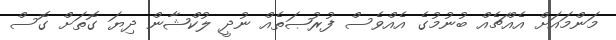
މަންމައަށް އެއްޗެއް ބުނުމުގެ އެއްވެސް ފުރުޞަތެއް ނުދީ ލުކްޝާން ދިޔަ ގޮތަށް ގޮސް